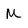
Character: M